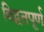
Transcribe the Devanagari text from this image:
विद्वतपूर्ण